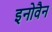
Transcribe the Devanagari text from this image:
इनोवैन